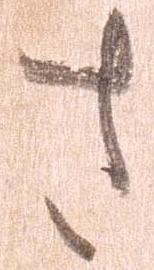
さ